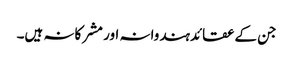
جن کےعقائدہندوانہ اور مشرکانہ ہیں۔